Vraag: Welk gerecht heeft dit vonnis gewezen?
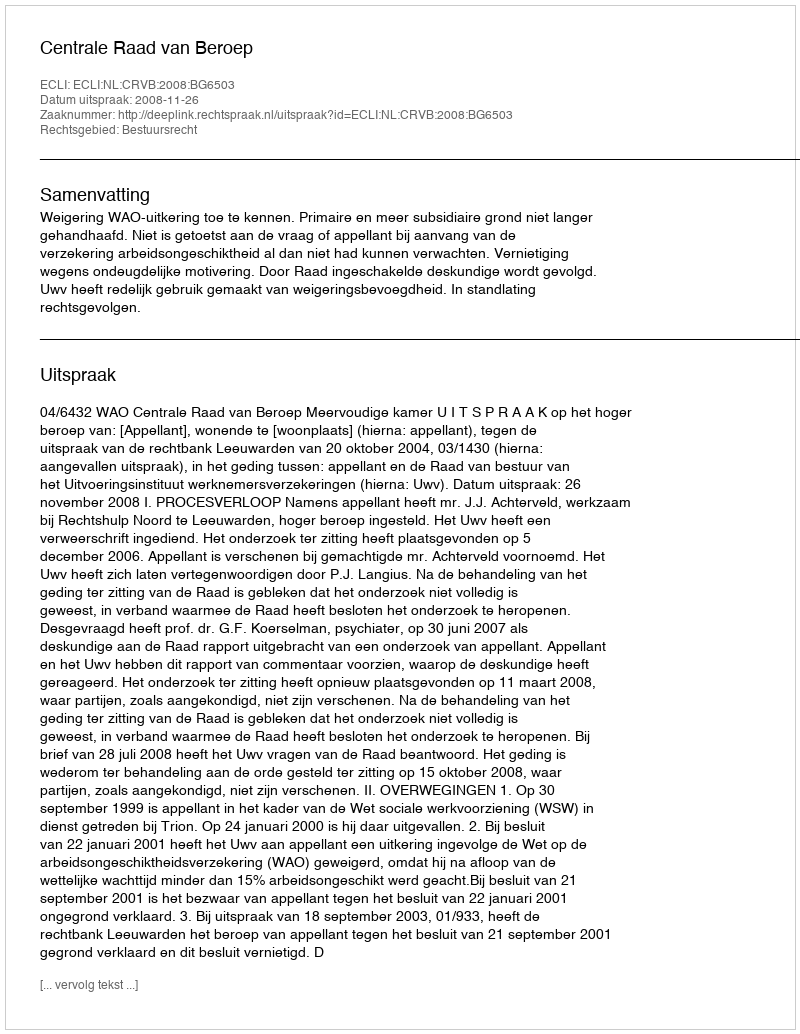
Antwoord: Centrale Raad van Beroep